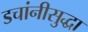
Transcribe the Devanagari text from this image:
डचांनीसुद्धा